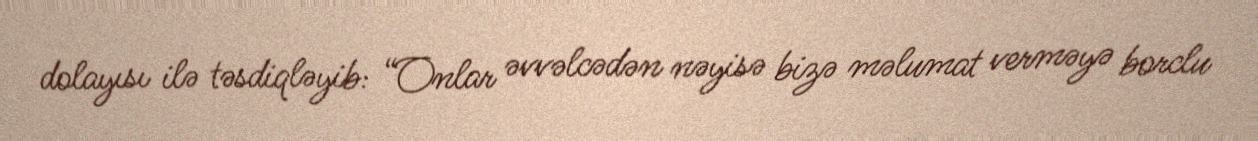
dolayısı ilə təsdiqləyib: “Onlar əvvəlcədən nəyisə bizə məlumat verməyə borclu